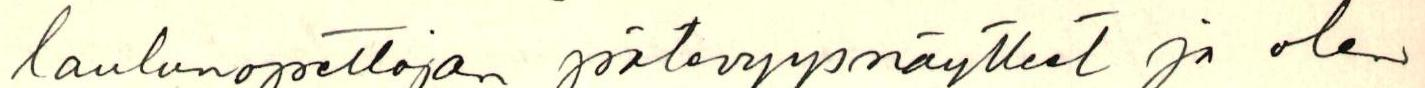
laulunopettajan pätevyysnäytteet ja olen